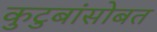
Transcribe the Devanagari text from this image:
कुटुबांसोबत